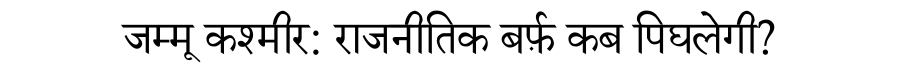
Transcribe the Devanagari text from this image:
जम्मू कश्मीर: राजनीतिक बर्फ़ कब पिघलेगी?